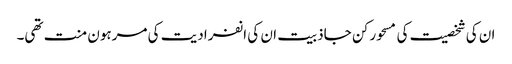
ان کی شخصیت کی مسحور کن جاذبیت ان کی انفرادیت کی مرہون منت تھی۔